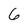
Character: 6